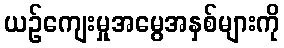
ယဉ်ကျေးမှုအမွေအနှစ်များကို